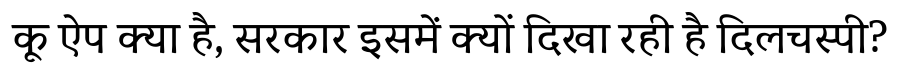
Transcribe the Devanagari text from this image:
कू ऐप क्या है, सरकार इसमें क्यों दिखा रही है दिलचस्पी?